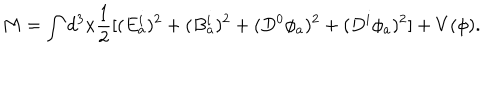
M = \int d ^ { 3 } x \frac { 1 } { 2 } [ ( E _ { a } ^ { i } ) ^ { 2 } + ( B _ { a } ^ { i } ) ^ { 2 } + ( D ^ { 0 } \phi _ { a } ) ^ { 2 } + ( D ^ { i } \phi _ { a } ) ^ { 2 } ] + V ( \phi ) .